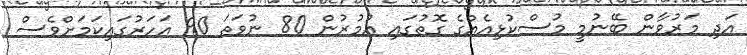
އަދި މަރުވާން ބޭނުމީ މުސްކުޅިއެއްގެ ގޮތުގައި އުމުރުން 80 ނުވަތަ 90 އަހަރުގައިކަމަށްވެސް